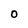
Character: O